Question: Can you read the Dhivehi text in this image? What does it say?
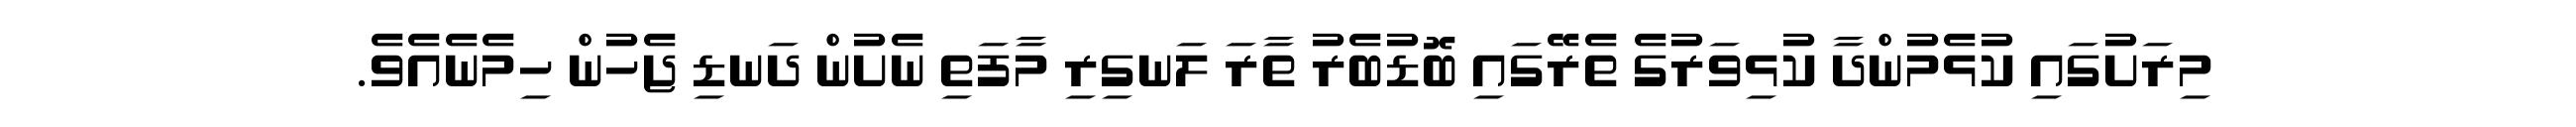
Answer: މިރަށުގައި ކުޅެމުންދާ ކުޅިވަރުގެ ތެރޭގައި ބޮޑުބެރު ތާރަ ލަނގިރި މާފަތި ނެށުން ދަނޑި ޖެހުން ހިމެނެއެވެ.